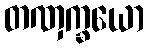
တဏှက္ခယော